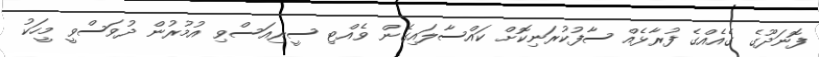
ފޮނަދޫގެ ގެއެއްގެ ފުރާޅެއް ސާފުކުރަނިކޮށް ކައްސާލައިގެން ވެއްޓި ސީރިއަސްވި އުމުރުން ދުވަސްވީ މީހަކު